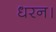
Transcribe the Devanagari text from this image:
धरन।